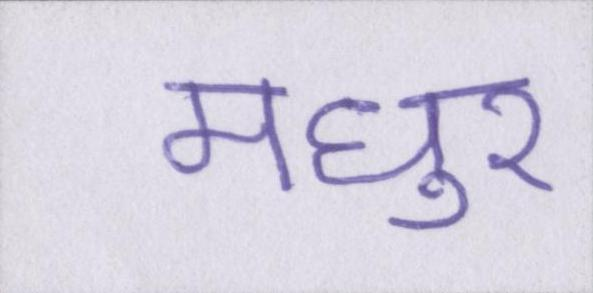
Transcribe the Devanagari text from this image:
मधुर